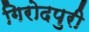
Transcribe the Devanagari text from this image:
गिरोदपुरी